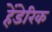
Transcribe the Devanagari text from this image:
हेंडेरिक